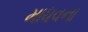
માધવના